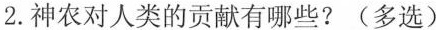
2.神农对人类的贡献有哪些?(多选)